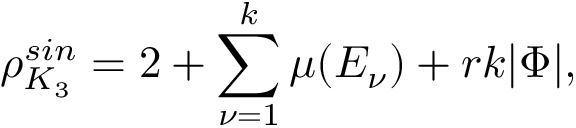
\rho _ { K _ { 3 } } ^ { s i n } = 2 + \sum _ { \nu = 1 } ^ { k } \mu ( E _ { \nu } ) + r k | \Phi | ,